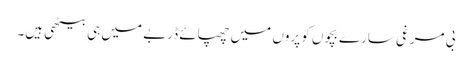
بی مرغی سارے بچوں کو پروں میں چھپائے ڈربے میں ہی بیٹھی ہیں۔